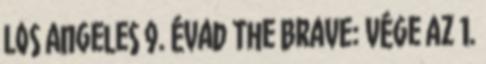
Los Angeles 9. évad The Brave: vége az 1.